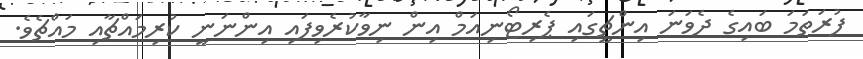
ފުރަތަމަ ބައިގެ ދެވަނަ އިންޗީގައި ޕެރިޓޯނިއަމް އިން ނިވާކުރެވިފައި އިންނަނީ ކުރިމައްޗާއި މައްޗެވެ.